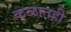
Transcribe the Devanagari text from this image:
कळातही